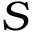
S